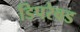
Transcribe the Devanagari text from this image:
डिपरेवड